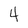
Character: 4